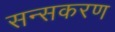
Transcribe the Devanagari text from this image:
सन्सकरण